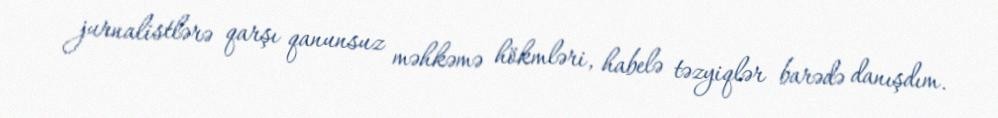
jurnalistlərə qarşı qanunsuz məhkəmə hökmləri, habelə təzyiqlər barədə danışdım.